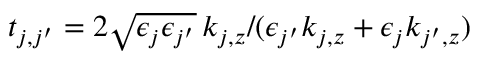
t _ { j , j ^ { \prime } } = 2 \sqrt { \epsilon _ { j } \epsilon _ { j ^ { \prime } } } \, k _ { j , z } / ( \epsilon _ { j ^ { \prime } } k _ { j , z } + \epsilon _ { j } k _ { j ^ { \prime } , z } )